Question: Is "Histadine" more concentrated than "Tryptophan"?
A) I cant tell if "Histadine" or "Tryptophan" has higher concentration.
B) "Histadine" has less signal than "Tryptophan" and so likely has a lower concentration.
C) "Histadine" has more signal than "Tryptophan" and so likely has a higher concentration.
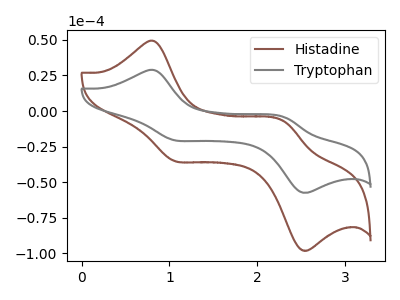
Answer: <think>The brown curve "Histadine" has anodic peaks at (0.85V, 49.15uA) (2.30V, -7.30uA) and cathodic peaks at (1.05V, -34.95uA) (2.50V, -97.60uA). The gray curve "Tryptophan" has anodic peaks at (0.85V, 28.80uA) (2.30V, -4.30uA) and cathodic peaks at (1.05V, -20.45uA) (2.50V, -57.15uA).
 All the peaks in "Histadine" have a peak in "Tryptophan" at the same potential.</think>
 <answer>A) I cant tell if "Histadine" or "Tryptophan" has higher concentration.</answer>
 <eval>A</eval>